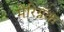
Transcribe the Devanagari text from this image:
मेरिग्नॅक